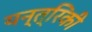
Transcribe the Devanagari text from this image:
यन्त्रिकी